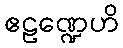
ဧဠဏ္ဍေဟိ